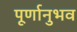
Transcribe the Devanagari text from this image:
पूर्णानुभव